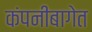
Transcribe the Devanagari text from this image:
कंपनीबागेत